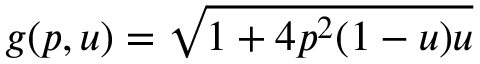
g ( p , u ) = \sqrt { 1 + 4 p ^ { 2 } ( 1 - u ) u }